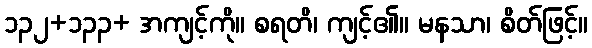
၁၃၂+၁၃၃+ အကျင့်ကို။ စရတိ၊ ကျင့်၏။ မနသာ၊ စိတ်ဖြင့်။